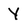
Character: Y